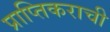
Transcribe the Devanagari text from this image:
प्राप्तिकराची